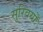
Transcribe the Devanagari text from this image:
सुरिवर्यों